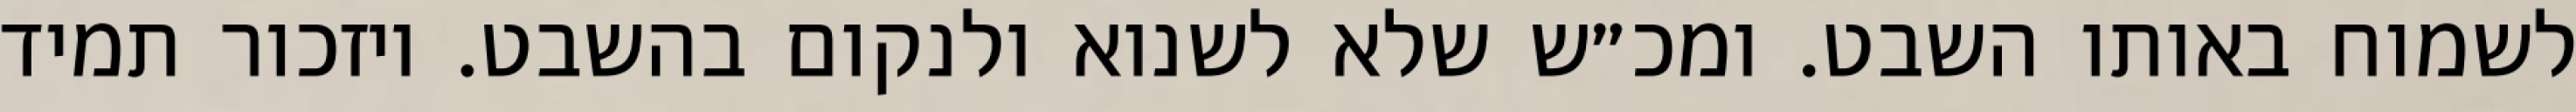
לשמוח באותו השבט. ומכ״ש שלא לשנוא ולנקום בהשבט. ויזכור תמיד